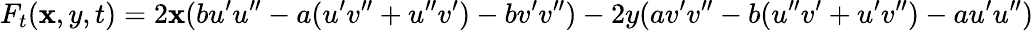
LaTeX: F_{t}(\mathbf{x},y,t)=2\mathbf{x}(bu^{\prime}u^{\prime\prime}-a(u^{\prime}v^{\prime\prime}+u^{\prime\prime}v^{\prime})-bv^{\prime}v^{\prime\prime})-2y(av^{\prime}v^{\prime\prime}-b(u^{\prime\prime}v^{\prime}+u^{\prime}v^{\prime\prime})-au^{\prime}u^{\prime\prime})